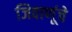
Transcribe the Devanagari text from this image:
जिवाणूंचे